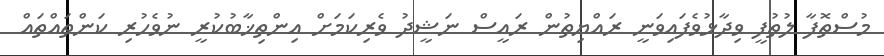
މުސްތޮފާ ލުތުފީ ވިދާޅުވެފައިވަނީ ރައްޔިތުން ރައީސް ނަޝީދު ވެރިކަމަށް އިންތިޚާބުކުރީ ނުވެހުރި ކަންތައްތައް